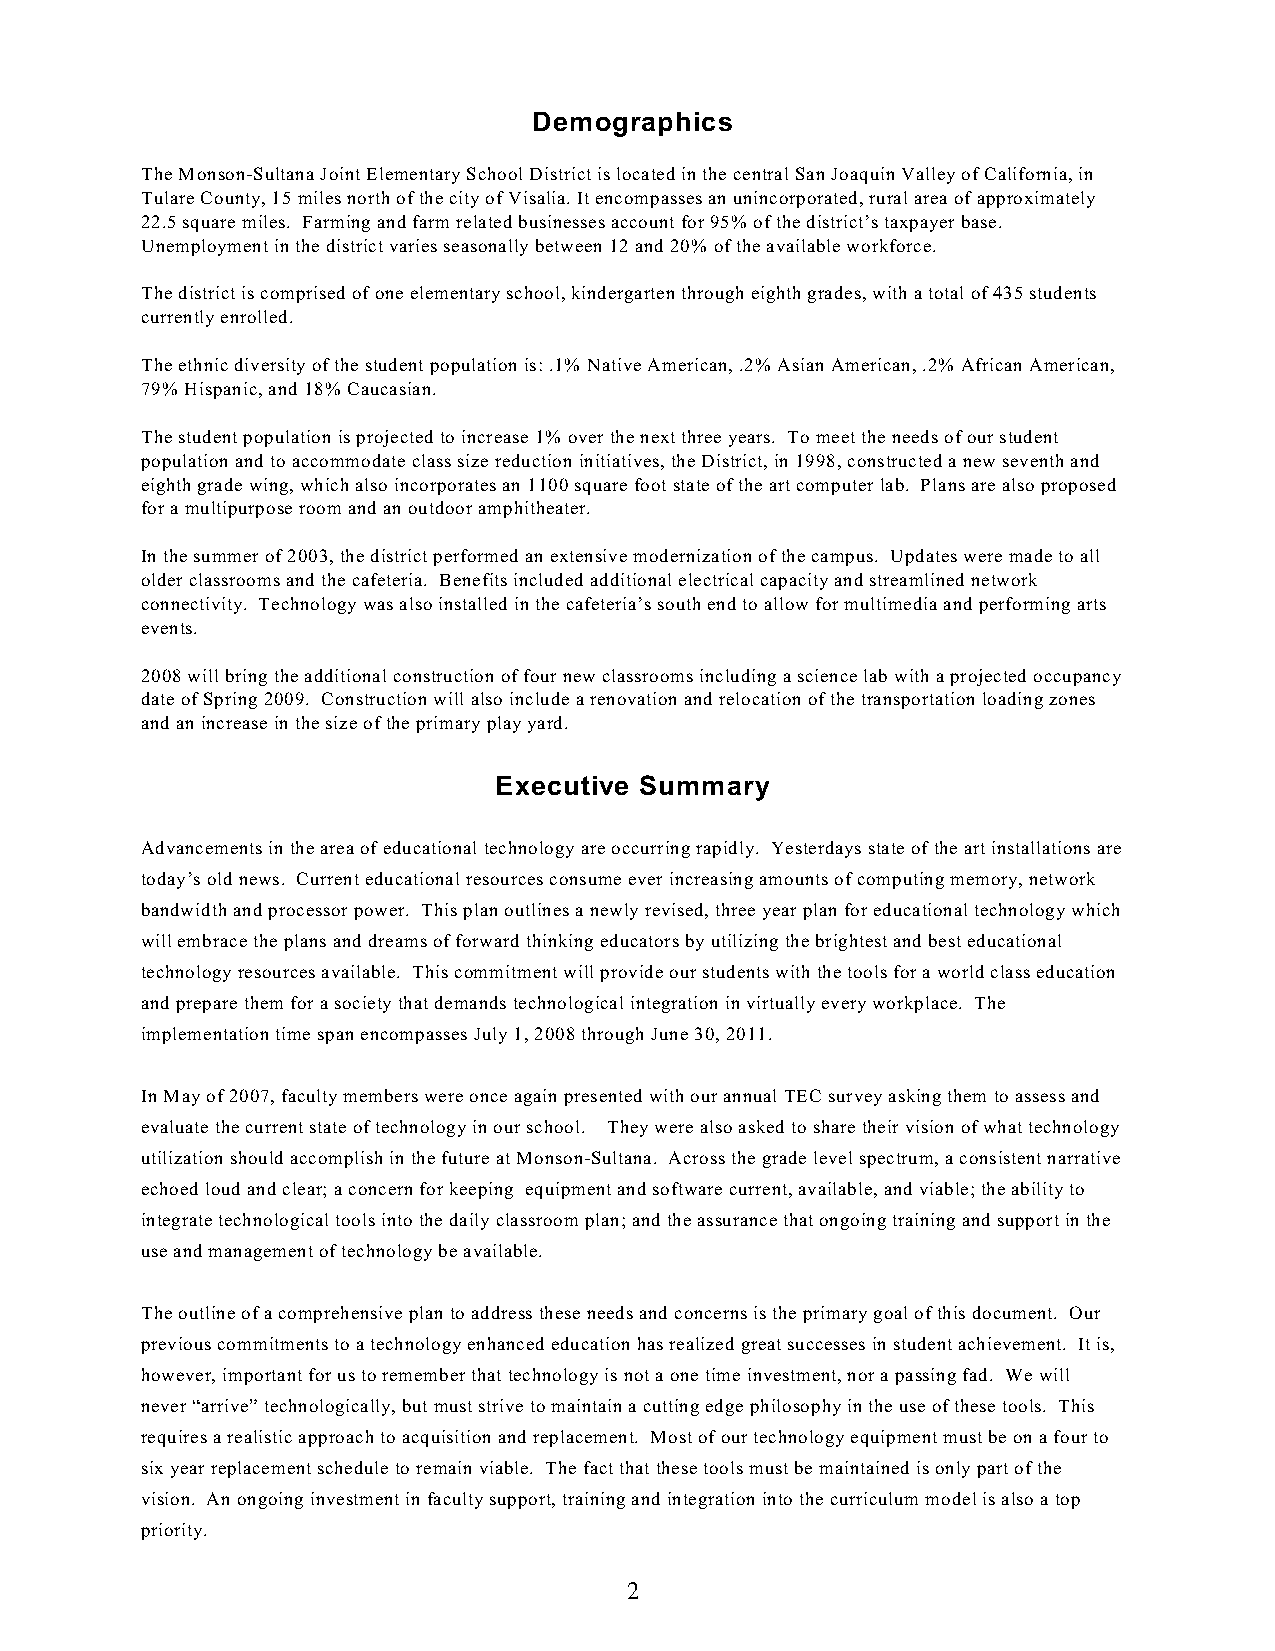
Demographics
 The Monson-Sultana Joint Elementary School District is located in the central San Joaquin Valley of California, in
 Tulare County, 15 miles north of the city of Visalia. It encompasses an unincorporated, rural area of approximately
 22.5 square miles. Farming and farm related businesses account for 95% of the district’s taxpayer base.
 Unemployment in the district varies seasonally between 12 and 20% of the available workforce.
 The district is comprised of one elementary school, kindergarten through eighth grades, with a total of 435 students
 currently enrolled.
 The ethnic diversity of the student population is: .1% Native American, .2% Asian American, .2% African American,
 79% Hispanic, and 18% Caucasian.
 The student population is projected to increase 1% over the next three years. To meet the needs of our student
 population and to accommodate class size reduction initiatives, the District, in 1998, constructed a new seventh and
 eighth grade wing, which also incorporates an 1100 square foot state of the art computer lab. Plans are also proposed
 for a multipurpose room and an outdoor amphitheater.
 In the summer of 2003, the district performed an extensive modernization of the campus. Updates were made to all
 older classrooms and the cafeteria. Benefits included additional electrical capacity and streamlined network
 connectivity. Technology was also installed in the cafeteria’s south end to allow for multimedia and performing arts
 events.
 2008 will bring the additional construction of four new classrooms including a science lab with a projected occupancy
 date of Spring 2009. Construction will also include a renovation and relocation of the transportation loading zones
 and an increase in the size of the primary play yard.
 Executive Summary
 Advancements in the area of educational technology are occurring rapidly. Yesterdays state of the art installations are
 today’s old news. Current educational resources consume ever increasing amounts of computing memory, network
 bandwidth and processor power. This plan outlines a newly revised, three year plan for educational technology which
 will embrace the plans and dreams of forward thinking educators by utilizing the brightest and best educational
 technology resources available. This commitment will provide our students with the tools for a world class education
 and prepare them for a society that demands technological integration in virtually every workplace. The
 implementation time span encompasses July 1, 2008 through June 30, 2011.
 In May of 2007, faculty members were once again presented with our annual TEC survey asking them to assess and
 evaluate the current state of technology in our school. They were also asked to share their vision of what technology
 utilization should accomplish in the future at Monson-Sultana. Across the grade level spectrum, a consistent narrative
 echoed loud and clear; a concern for keeping equipment and software current, available, and viable; the ability to
 integrate technological tools into the daily classroom plan; and the assurance that ongoing training and support in the
 use and management of technology be available.
 The outline of a comprehensive plan to address these needs and concerns is the primary goal of this document. Our
 previous commitments to a technology enhanced education has realized great successes in student achievement. It is,
 however, important for us to remember that technology is not a one time investment, nor a passing fad. We will
 never “arrive” technologically, but must strive to maintain a cutting edge philosophy in the use of these tools. This
 requires a realistic approach to acquisition and replacement. Most of our technology equipment must be on a four to
 six year replacement schedule to remain viable. The fact that these tools must be maintained is only part of the
 vision. An ongoing investment in faculty support, training and integration into the curriculum model is also a top
 priority.
 2